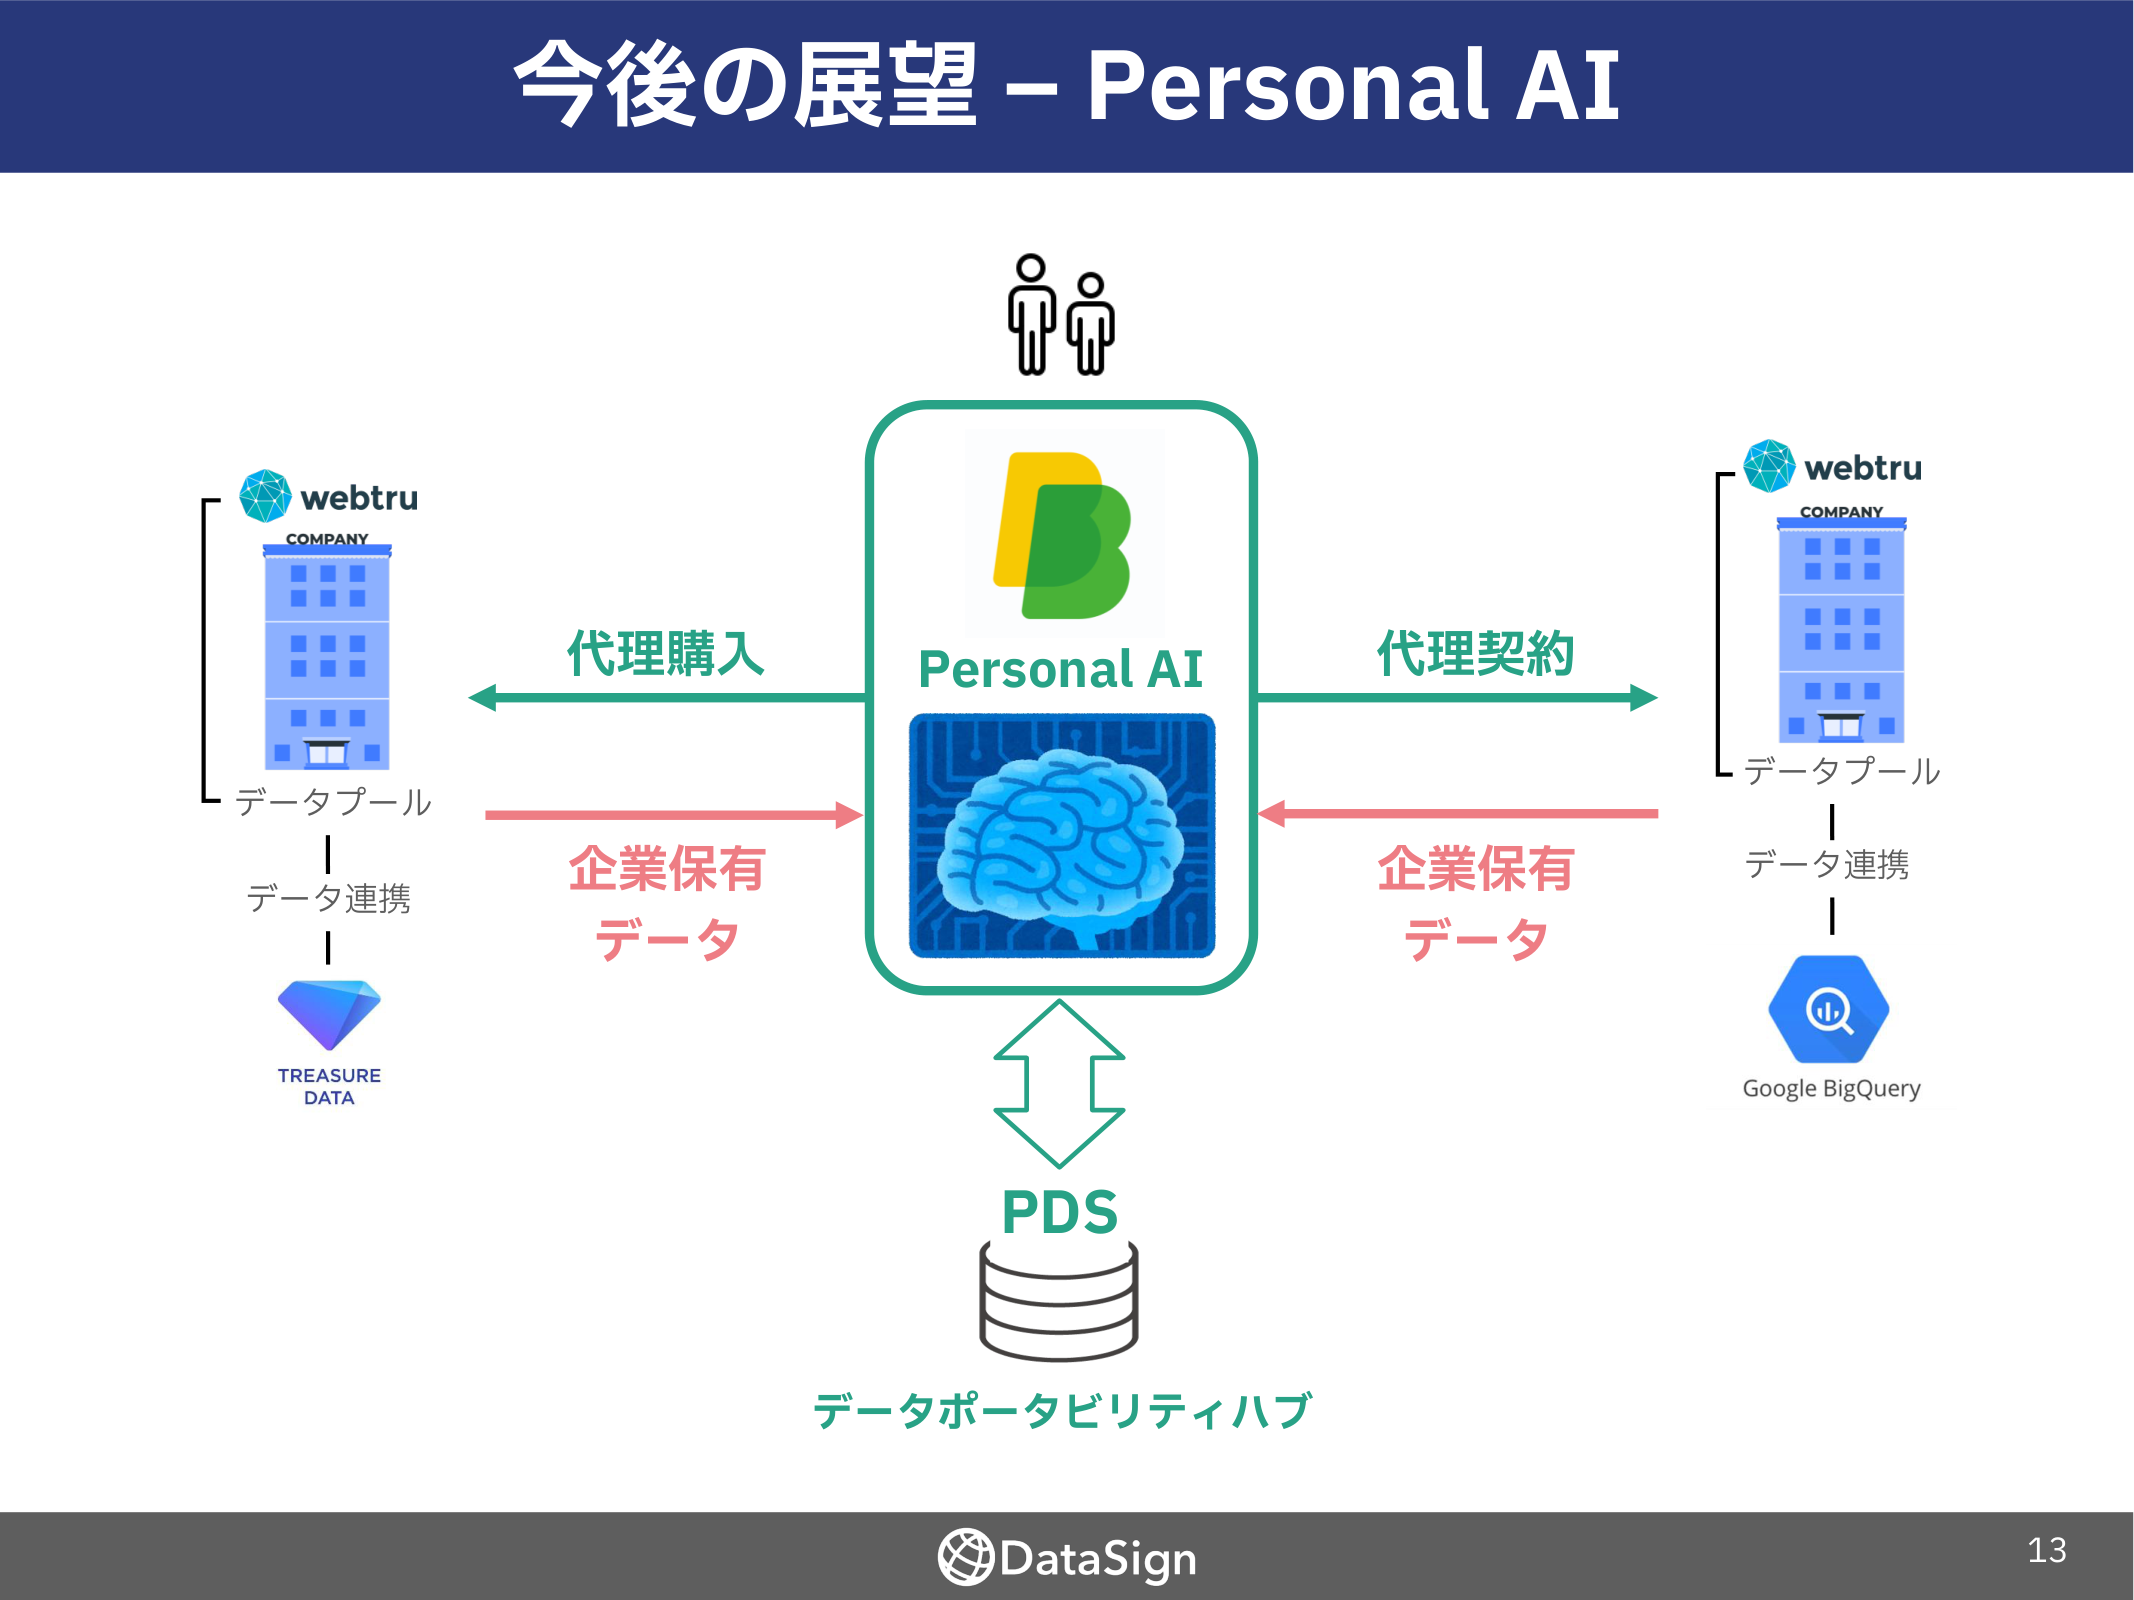
今後の展望 – Personal AI

webtru
COMPANY
データプール
データ連携
TREASURE
DATA

代理購入
企業保有
データ

Personal AI

代理契約
企業保有
データ

webtru
COMPANY
データプール
データ連携
Google BigQuery

PDS
データポータビリティハブ

DataSign
13